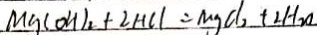
M g ( O H ) _ { 2 } + 2 H C l = M g C l _ { 2 } + 2 H _ { 2 } O